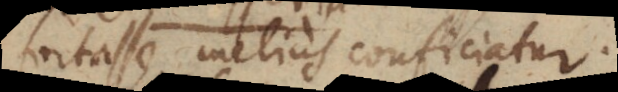
fortasse melius conficiatur.